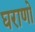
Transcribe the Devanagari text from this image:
घराणो